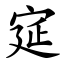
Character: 㝚